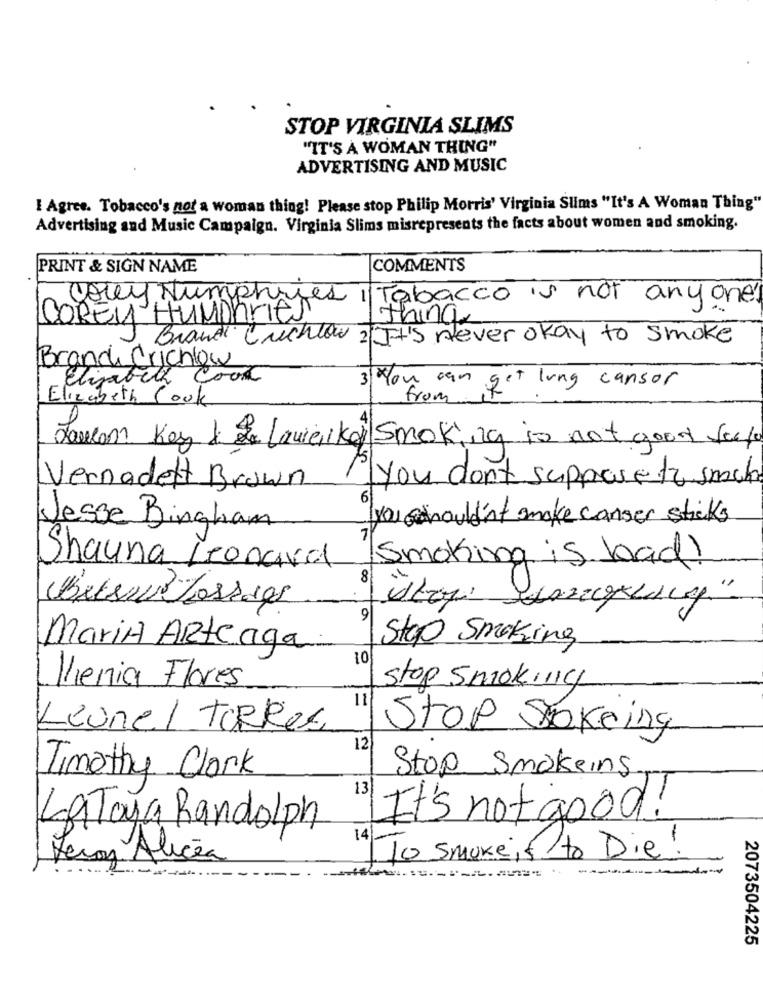
STOP VIRGINIA SLIMS
"IT'S A WOMAN THING"
ADVERTISING AND MUSIC
I Agree. Tobacco's not a woman thing! Please stop Philip Morris' Virginia Slims "It's A Woman Thing"
Advertising and Music Campaign. Virginia Slims misrepresents the facts about women and smoking.
PRINT & SIGN NAME
COMMENTS
-
bacco is not anyone!
COREN HUMPHRIES
thing
Brandi Cuchlow ? It's never okay to smoke
Branch Crichlow
Elizabeth Cool
How can get long cansor
Elizabeth Cook
Lamm Key & & Lower key Smoking is not good seef
You don't suppose to sache
Vernadett Brown
6
you should't smoke canser sticks
Jesse Bingham
Smoking is load!
Shauna Leonard
8
Belse Lossags
9
Stop Smoking
Maria Arteaga
10
Vienia Flores
stop Smoking
11
Leonel TORRES
Stop Stokeing
12
Stop Smokeins
Timothy Clark
13
It's not good!
LaToya Randolph
14
To smoke is to Die!
Leroy Alicea
2073504225